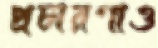
প্রচারণাও